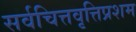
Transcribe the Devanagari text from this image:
सर्वचित्तवृत्तिप्रशम